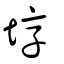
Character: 埻